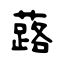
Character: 蕗